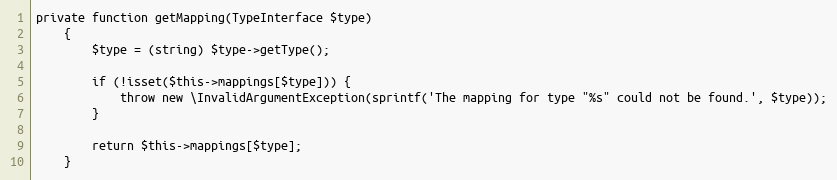
Language: PHP
private function getMapping(TypeInterface $type)
    {
        $type = (string) $type->getType();

        if (!isset($this->mappings[$type])) {
            throw new \InvalidArgumentException(sprintf('The mapping for type "%s" could not be found.', $type));
        }

        return $this->mappings[$type];
    }